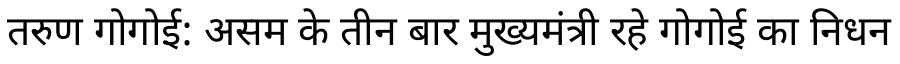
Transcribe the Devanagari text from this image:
तरुण गोगोई: असम के तीन बार मुख्यमंत्री रहे गोगोई का निधन